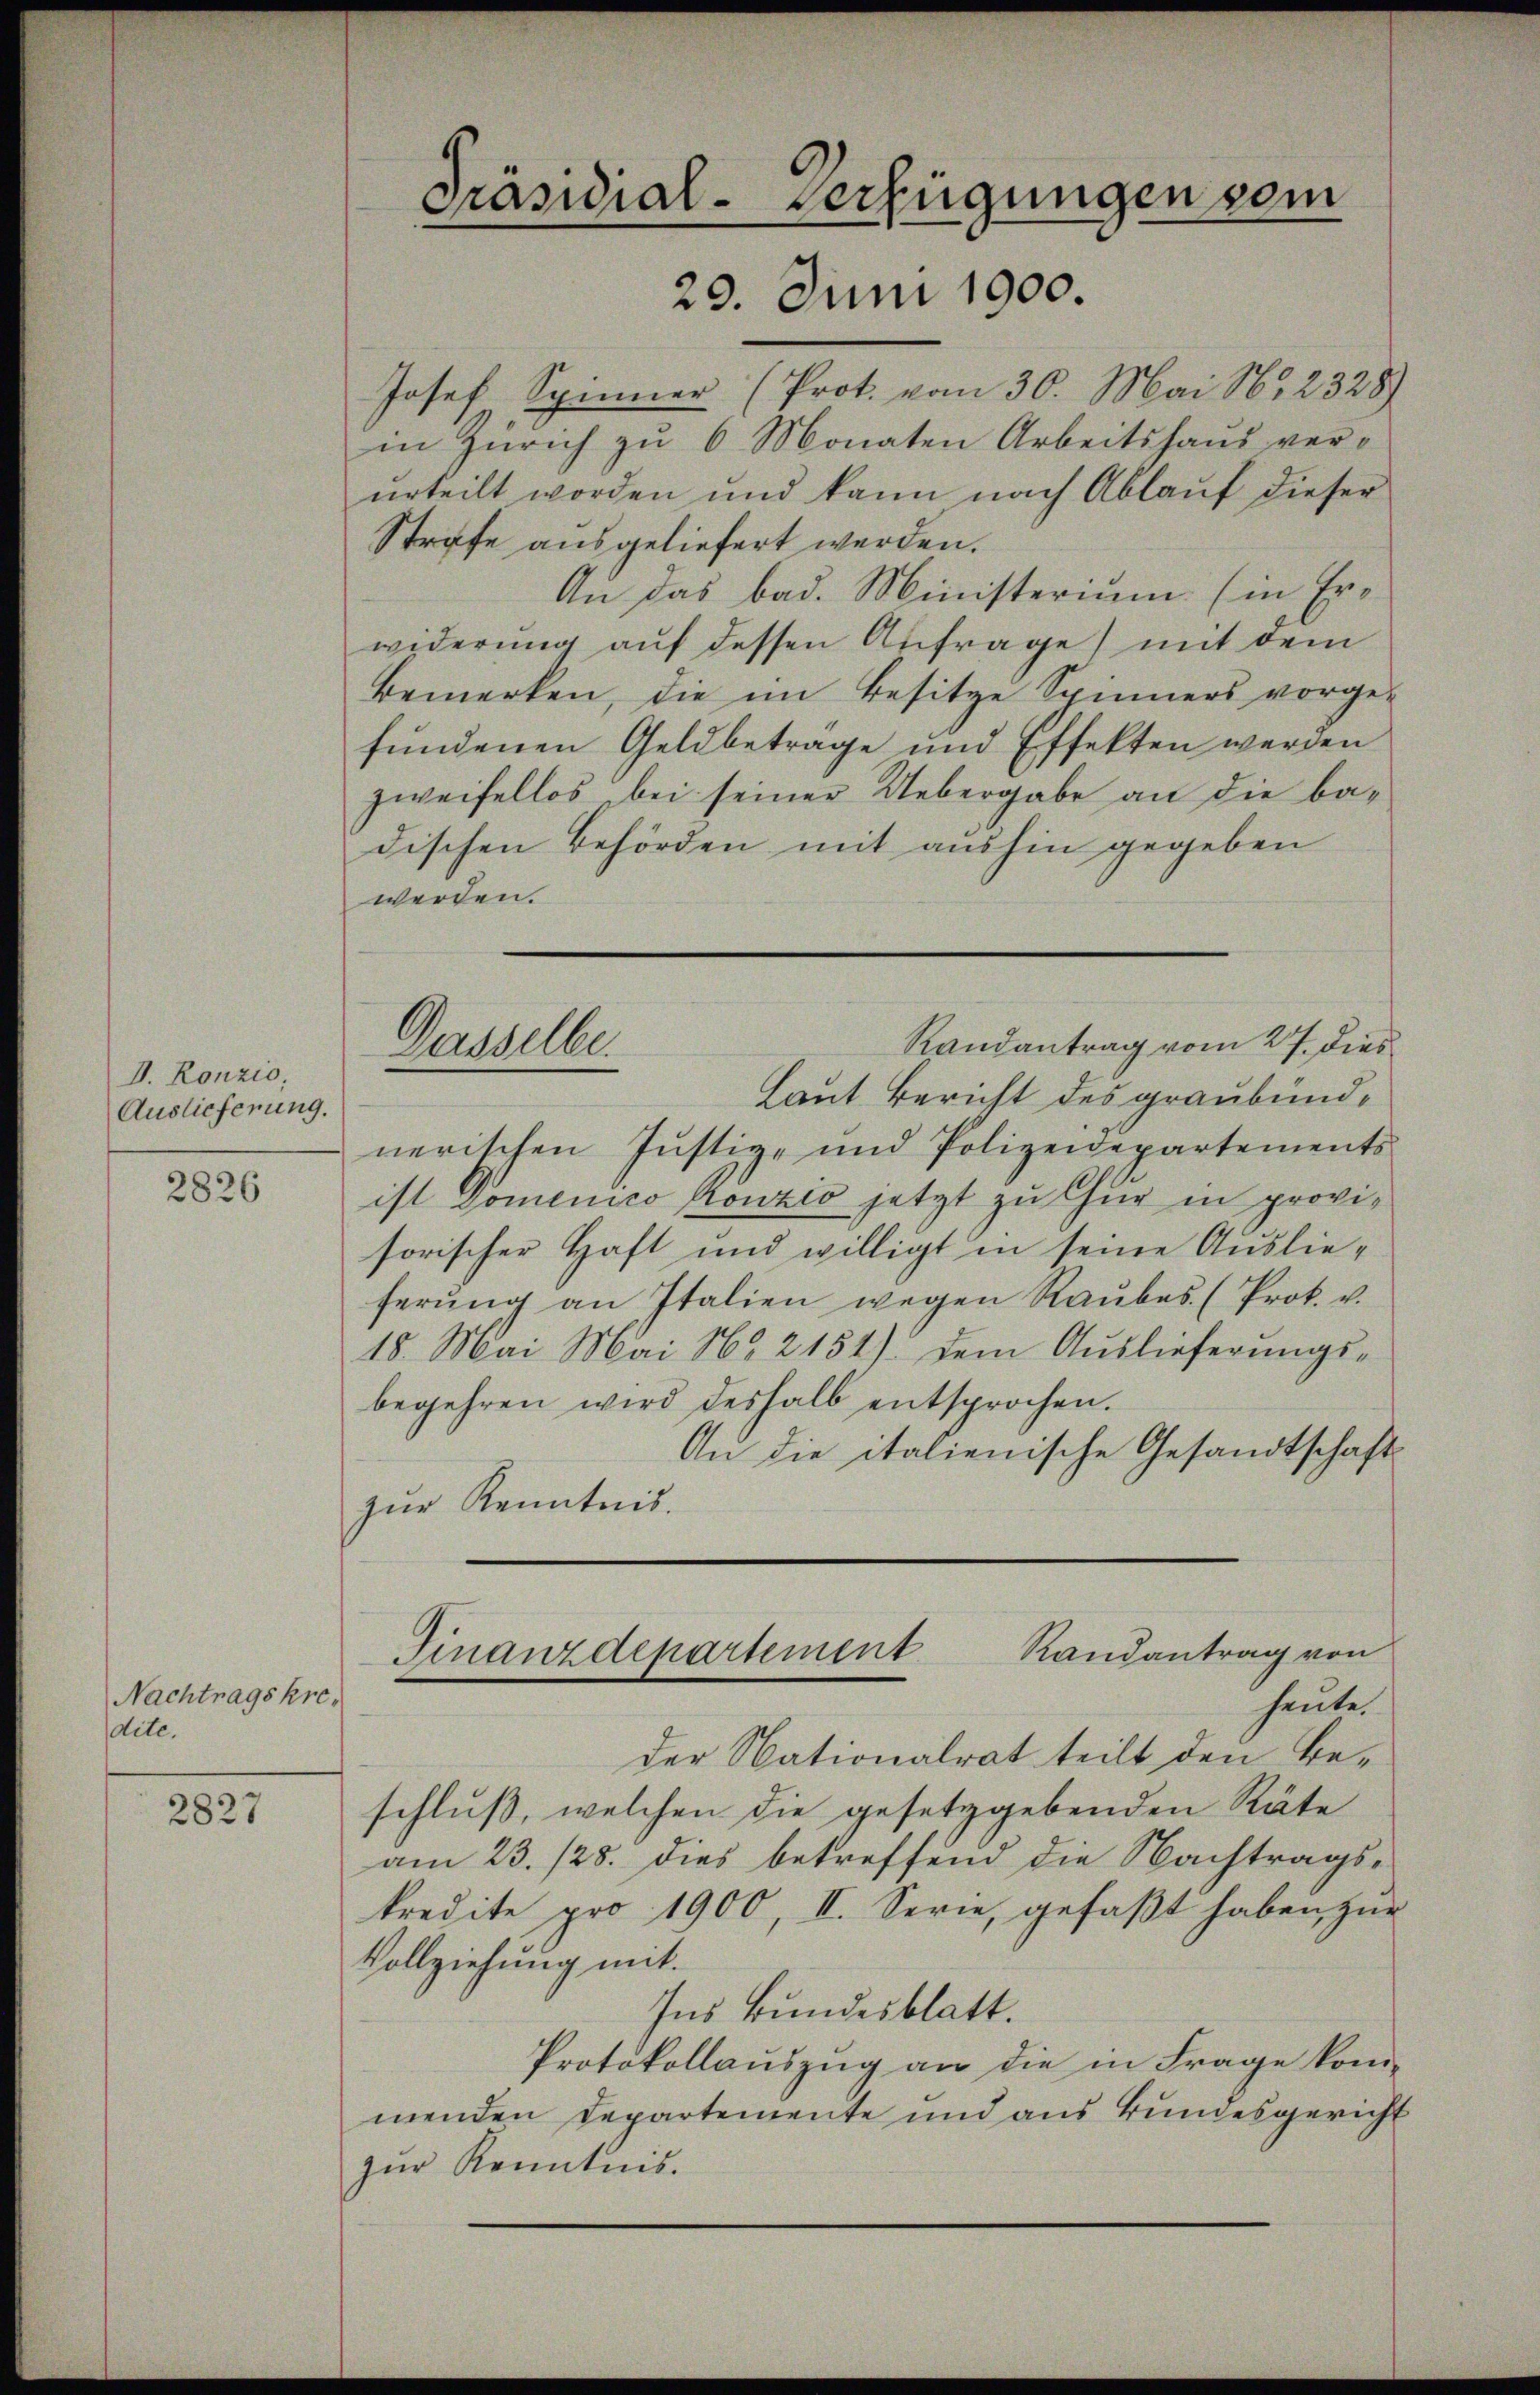
V. Konzio,
Auslieferung.

2826

Nachtragskredite.

2827

Präsidial-Verfügungen vom
29. Juni 1900

Josef Spinner (Prot. vom 30. Mai No 2328)
in Zürich zu 6 Monaten Arbeitshaus verurteilt worden und kann nach Ablauf dieser
Strafe ausgeliefert werden.
An das bad. Ministerium (in Erwiderung auf dessen Anfrage mit dem
Bemerken, die im Besitze Spinners vorge-
fundenen Geldbetrage und Effekten werden
zweifellos bei seiner Uebergabe an die ba-
dischen Behörden mit aushin gegeben
werden.
Randantrag vom 27. dies
Laut Bericht des graubündnerischen Justiz- und Polizeidepartements
ist Domenico konzio jetzt zu Chur in provisorischer Haft und willigt in seine Auslieferŭng an Italien wegen Raŭbes. (Prok. v.
18. Mai Mai No 2151) dem Auslieferungsbegehren wird deshalb entsprochen.
An die italienische Gesandtschaft
zur Kenntnis.
Randantrag von
Finanzdepartement
heute.
der Nationalrat teilt den Beschluß, welchen die gesetzgebenden Räte
am 23. 128. dies betreffend die Nachtragskredite pro 1900, II. Serie, gefaßt haben zur
Vollziehung mit.
Ins Bundesblatt.
Protokollauszug an die in Frage kom-
menden Departemente und aus Bundesgericht
zŭr Kenntnis.

Dasselbe.